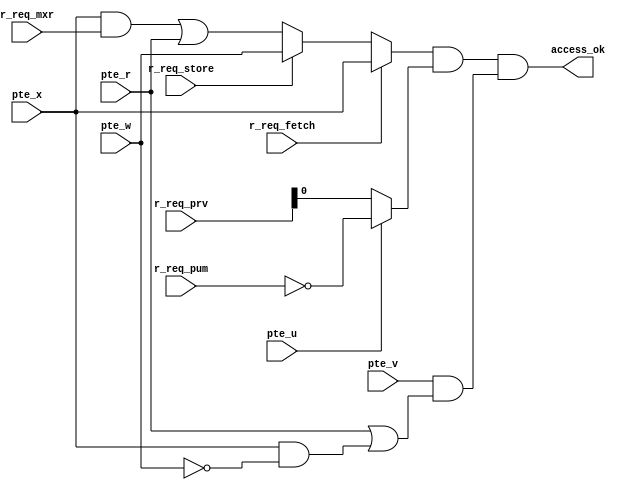
module permission_privilege_check_unit(
	input r_req_store,
	input r_req_fetch,
	input [1:0] r_req_prv,
	input r_req_mxr,
	input r_req_pum,
	input pte_r,
	input pte_w,
	input pte_x,
	input pte_v,
	input pte_u,

	output access_ok
	);

	wire perm_ok;
	wire priv_ok;
	wire leaf;

	assign perm_ok = r_req_fetch ? pte_x : (r_req_store ? pte_w : ((pte_x & r_req_mxr) | pte_r));
	assign priv_ok = pte_u ? !r_req_pum : r_req_prv[0];
	assign leaf = pte_v & (pte_r | (pte_x & !pte_w));
	assign access_ok = perm_ok & priv_ok & leaf;
endmodule